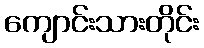
ကျောင်းသားတိုင်း